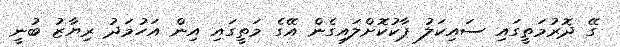
ގޭ ދޮރުމަތީގައި ސައިކަލު ޕާކުކޮށްލައިގެން އޭގެ މަތީގައި އިން އަހުމަދު ރިޔާޒު ބުނީ